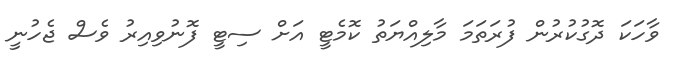
ވާހަކަ ދޮގުކުރުން ފުރަތަމަ މާލިއްޔަތު ކޮމެޓީ އަށް ސިޓީ ފޮނުވިއިރު ވެސް ޖެހުނީ